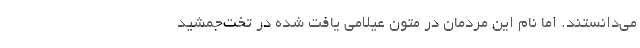
می‌دانستند. اما نام این مردمان در متون عیلامی یافت شده در تخت‌جمشید